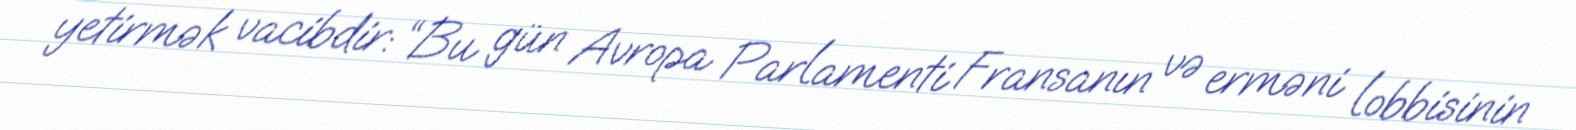
yetirmək vacibdir: “Bu gün Avropa Parlamenti Fransanın və erməni lobbisinin